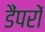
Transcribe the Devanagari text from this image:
डैंपरों